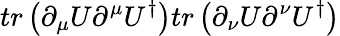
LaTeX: tr\left(\partial_{\mu}U\partial^{\mu}U^{\dagger}\right)tr\left(\partial_{\nu}U\partial^{\nu}U^{\dagger}\right)